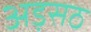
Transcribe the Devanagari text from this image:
अड़सठ